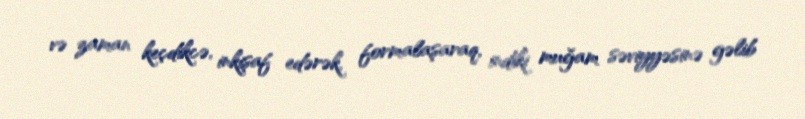
və zaman keçdikcə, inkişaf edərək, formalaşaraq, indiki muğam səviyyəsinə gəlib